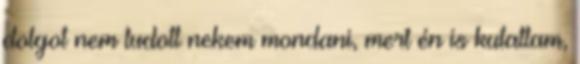
dolgot nem tudott nekem mondani, mert én is kutattam,